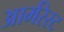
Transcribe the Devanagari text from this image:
आर्मरेस्ट